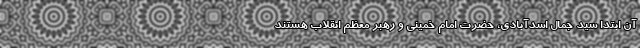
آن ابتدا سید جمال اسدآبادی، حضرت امام خمینی و رهبر معظم انقلاب هستند